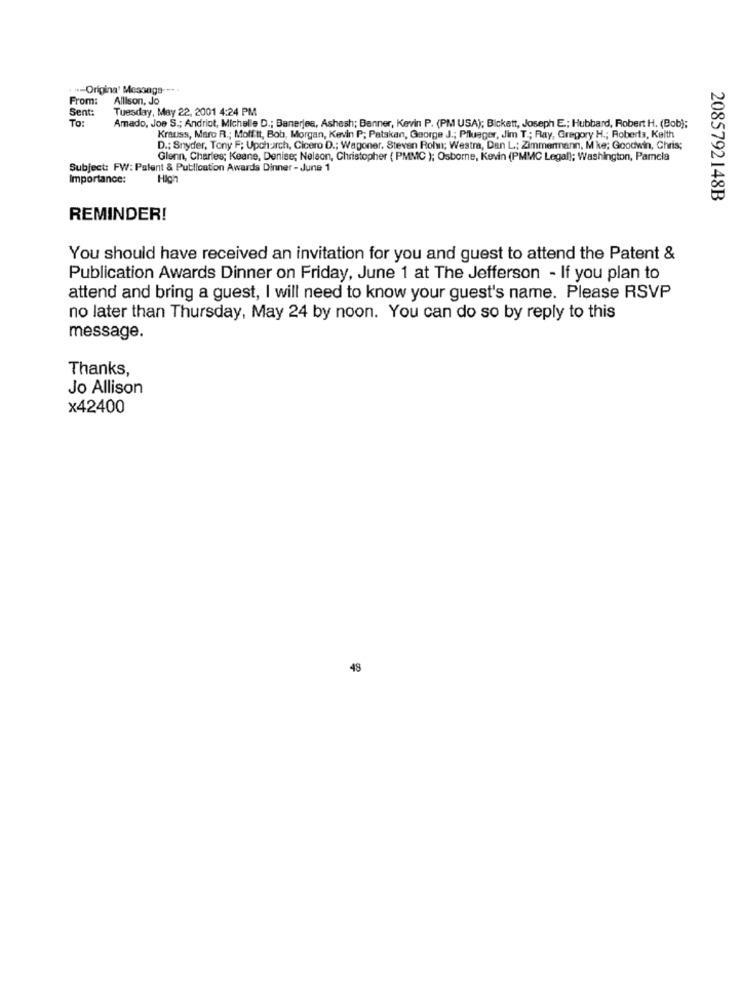
. "=Origina' Message --. .
From:
Allison, Jo
Sent:
Tuesday, May 22, 2001 4:24 PM
To:
Amado, Joe S .; Andriot, Michelle D .; Banerjee, Ashesh; Banner, Kevin P. (PM USA); Bickett, Joseph E .; Hubbard, Robert H. (Bob);
Krauss, Marc R .; Moffitt, Bob, Morgan, Kevin P; Patskan, George J .; Pflueger, Jim T .; Ray, Gregory H .; Roberta, Keith
D .: Snyder, Tony F; Upchurch, Cicero D .; Wagoner, Steven Rohn; Westra, Dan L; Zimmermann, M ke; Goodwin, Chris;
Glenn, Charles; Keane, Denise; Nelson, Christopher ( PMMC ); Osborne, Kevin (PMMC Legal); Washington, Pamela
Subject: FW: Palent & Publication Awards Dinner - June 1
Importance:
High
2085792148B
REMINDER!
You should have received an invitation for you and guest to attend the Patent &
Publication Awards Dinner on Friday, June 1 at The Jefferson - If you plan to
attend and bring a guest, I will need to know your guest's name. Please RSVP
no later than Thursday, May 24 by noon. You can do so by reply to this
message.
Thanks,
Jo Allison
x42400
48